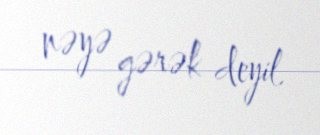
nəyə gərək deyil.